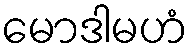
မောဒါမဟံ